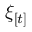
\xi _ { [ t ] }